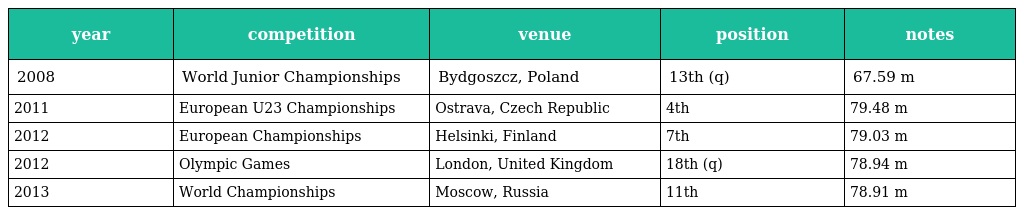
| year | competition | venue | position | notes |
 | --- | --- | --- | --- | --- |
 | 2008 | World Junior Championships | Bydgoszcz, Poland | 13th (q) | 67.59 m |
 | 2011 | European U23 Championships | Ostrava, Czech Republic | 4th | 79.48 m |
 | 2012 | European Championships | Helsinki, Finland | 7th | 79.03 m |
 | 2012 | Olympic Games | London, United Kingdom | 18th (q) | 78.94 m |
 | 2013 | World Championships | Moscow, Russia | 11th | 78.91 m |